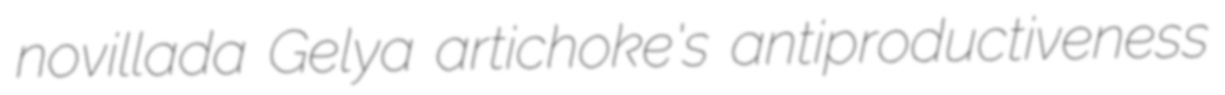
novillada Gelya artichoke's antiproductiveness